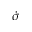
\Dot { \sigma }